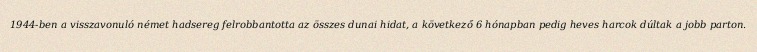
1944-ben a visszavonuló német hadsereg felrobbantotta az összes dunai hidat, a következő 6 hónapban pedig heves harcok dúltak a jobb parton.